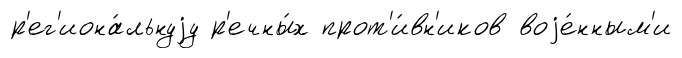
р'ег'иона́льнуjу р'ечны́х прот'и́вн'иков воjе́нным'и